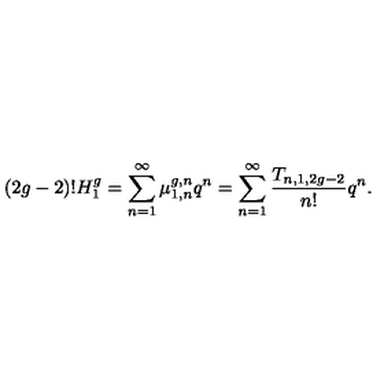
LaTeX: ( 2 g - 2 ) ! H _ { 1 } ^ { g } = \sum _ { n = 1 } ^ { \infty } \mu _ { 1 , n } ^ { g , n } q ^ { n } = \sum _ { n = 1 } ^ { \infty } \frac { T _ { n , 1 , 2 g - 2 } } { n ! } q ^ { n } .